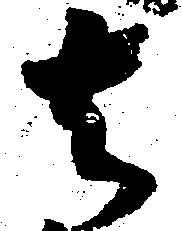
去